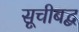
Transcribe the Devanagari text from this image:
सूचीबद्ब